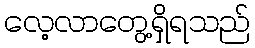
လေ့လာတွေ့ရှိရသည်